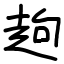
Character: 䞤